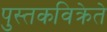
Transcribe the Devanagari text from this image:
पुस्तकविक्रेते